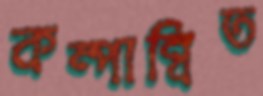
কম্পান্বিত